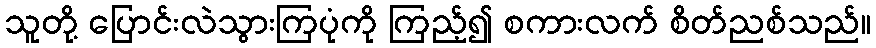
သူတို့ ပြောင်းလဲသွားကြပုံကို ကြည့်၍ စကားလက် စိတ်ညစ်သည်။